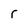
Character: F